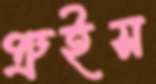
প্রুইস